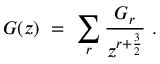
G ( z ) \ = \ \sum _ { r } { \frac { G _ { r } } { z ^ { r + { \frac { 3 } { 2 } } } } } \ .